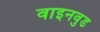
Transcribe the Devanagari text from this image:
वाइनवुड